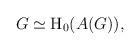
LaTeX: \begin{align*}G \simeq {\rm{H}}_0(A(G)),\end{align*}